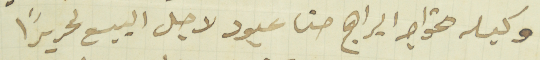
وكيله الخواجه ابراهيم حنا عبود لاجل البيع تحريراً